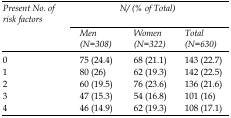
| <ROWSPAN=2> Present No. of risk factors | <COLSPAN=3> N/(% of Total) |
 | Men (N=308) | Women (N=322) | Total (N=630) |
 | --- | --- | --- | --- |
 | 0 | 75 (24.4) | 68 (21.1) | 143 (22.7) |
 | 1 | 80 (26) | 62 (19.3) | 142 (22.5) |
 | 2 | 60 (19.5) | 76 (23.6) | 136 (21.6) |
 | 3 | 47 (15.3) | 54 (16.8) | 101 (16) |
 | 4 | 46 (14.9) | 62 (19.3) | 108 (17.1) |